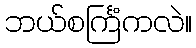
ဘယ်စင်္ကြံကလဲ။